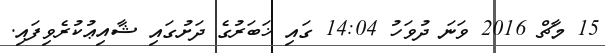
15 މާޗް 2016 ވަނަ ދުވަހު 14:04 ގައި ޚަބަރުގެ ދަށުގައި ޝާއިޢުކުރެވިފައި.